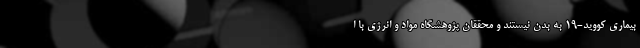
بیماری کووید-۱۹ به بدن نیستند و محققان پژوهشگاه مواد و انرژی با ا